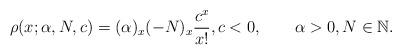
LaTeX: \begin{gather*}\rho(x;\alpha,N,c) =(\alpha)_{x} (-N )_{x}\frac{c^{x}}{x!},c<0,\qquad\alpha>0,N\in\mathbb{N}.\end{gather*}